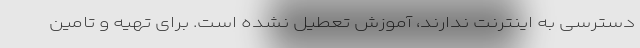
دسترسی به اینترنت ندارند، آموزش تعطیل نشده است. برای تهیه و تامین